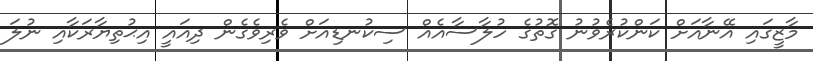
މާޒީގައި އޭނާއަށް ކަންކުރެވުނު ގޮތުގެ ހުލާސާއެއް ސިކުނޑިއަށް ވެރިވެގެން ދިއައީ އިޙުތިޔާރަކާއި ނުލަ